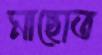
মাছোত